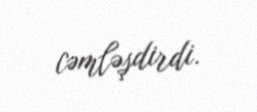
cəmləşdirdi.